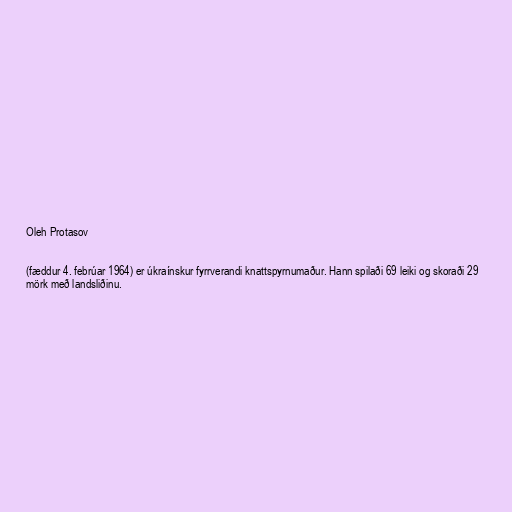
Oleh Protasov

(fæddur 4. febrúar 1964) er úkraínskur fyrrverandi knattspyrnumaður. Hann spilaði 69 leiki og skoraði 29
mörk með landsliðinu.